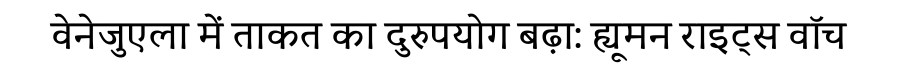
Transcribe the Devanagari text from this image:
वेनेजुएला में ताकत का दुरुपयोग बढ़ा: ह्यूमन राइट्स वॉच